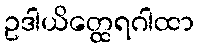
ဥဒါယိတ္ထေရဂါထာ